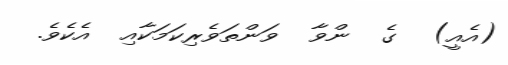
(އެއީ)  ގެ  ންވާ  ވަންތަވެރިކަމަކާއި  އެކެވެ.